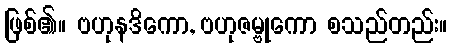
ဖြစ်၏။ ဗဟုနဒိကော, ဗဟုဇမ္ဗုကော စသည်တည်း။